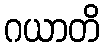
ဂယာတိ